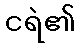
ငရဲ၏